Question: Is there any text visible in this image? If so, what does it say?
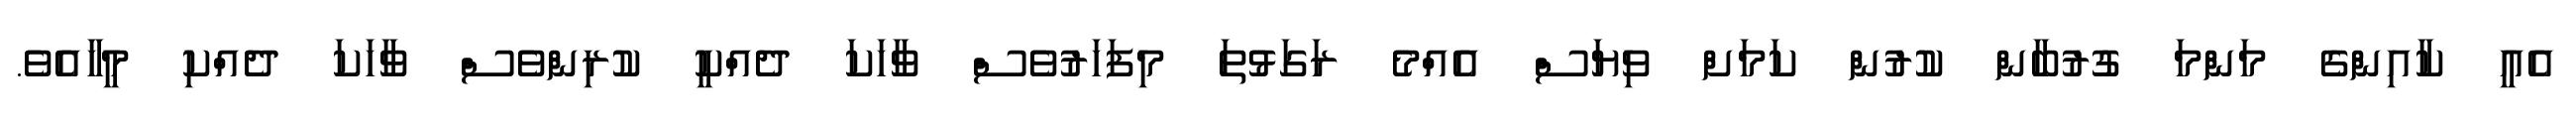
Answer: އެއީ ކާއިންގެ މަންމަ ގުރުބާން ކުރުން ކަމަށް ވިޔަސް އެއްމެ ރަގަޅުތަ މިފަހަރުވެސް ވާހަކަ ދެއްކީ ކުރިންވެސް ވާހަކަ ދެއްކި މީހާއެވެ.